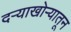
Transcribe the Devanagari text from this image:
दऱ्याखोऱ्यातून